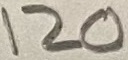
Text: 120